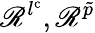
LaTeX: \mathscr{R}^{l^{\mathrm{c}}},\mathscr{R}^{\tilde{p}}